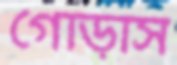
গোড়াস